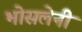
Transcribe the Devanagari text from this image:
भोसलेनी